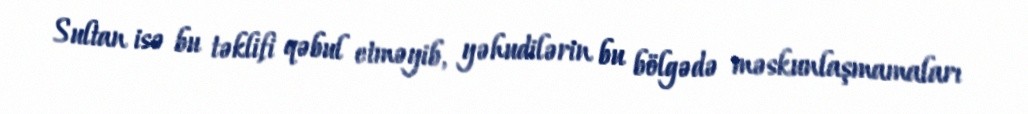
Sultan isə bu təklifi qəbul etməyib, yəhudilərin bu bölgədə məskunlaşmamaları